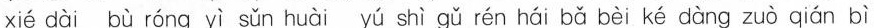
xié dài bù róng yì sǔn huài yú shì gǔ rén hái bǎ bèi ké dàng zuò qián bì